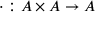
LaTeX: \cdot : A \times A \to A